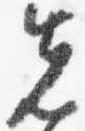
先